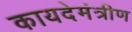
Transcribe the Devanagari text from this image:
कायदेमंत्रीण